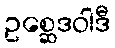
ဥစ္ဆေဒဝါဒီ